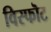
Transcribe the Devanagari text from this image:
विस्फॊट